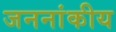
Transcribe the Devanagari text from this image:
जननांकीय